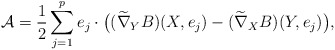
\begin{align*}\mathcal{A}= \frac{1}{2} \sum_{j=1}^p e_j \cdot \big( (\widetilde{\nabla}_YB)(X,e_j)-(\widetilde{\nabla}_XB)(Y,e_j) \big),\end{align*}